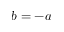
b = - a